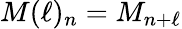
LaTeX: M(\ell)_{n}=M_{n+\ell}